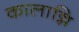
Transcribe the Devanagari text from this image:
कालान्नि